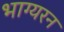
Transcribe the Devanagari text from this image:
भाग्यरन